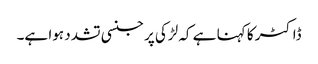
ڈاکٹر کا کہنا ہے کہ لڑکی پر جنسی تشدد ہوا ہے۔